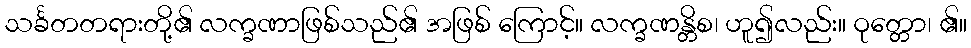
သင်္ခတတရားတို့၏ လက္ခဏာဖြစ်သည်၏ အဖြစ် ကြောင့်။ လက္ခဏန္တိစ၊ ဟူ၍လည်း။ ဝုတ္တော၊ ၏။